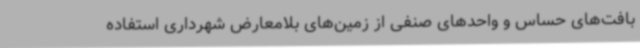
بافت‌های حساس و واحدهای صنفی از زمین‌های بلامعارض شهرداری استفاده